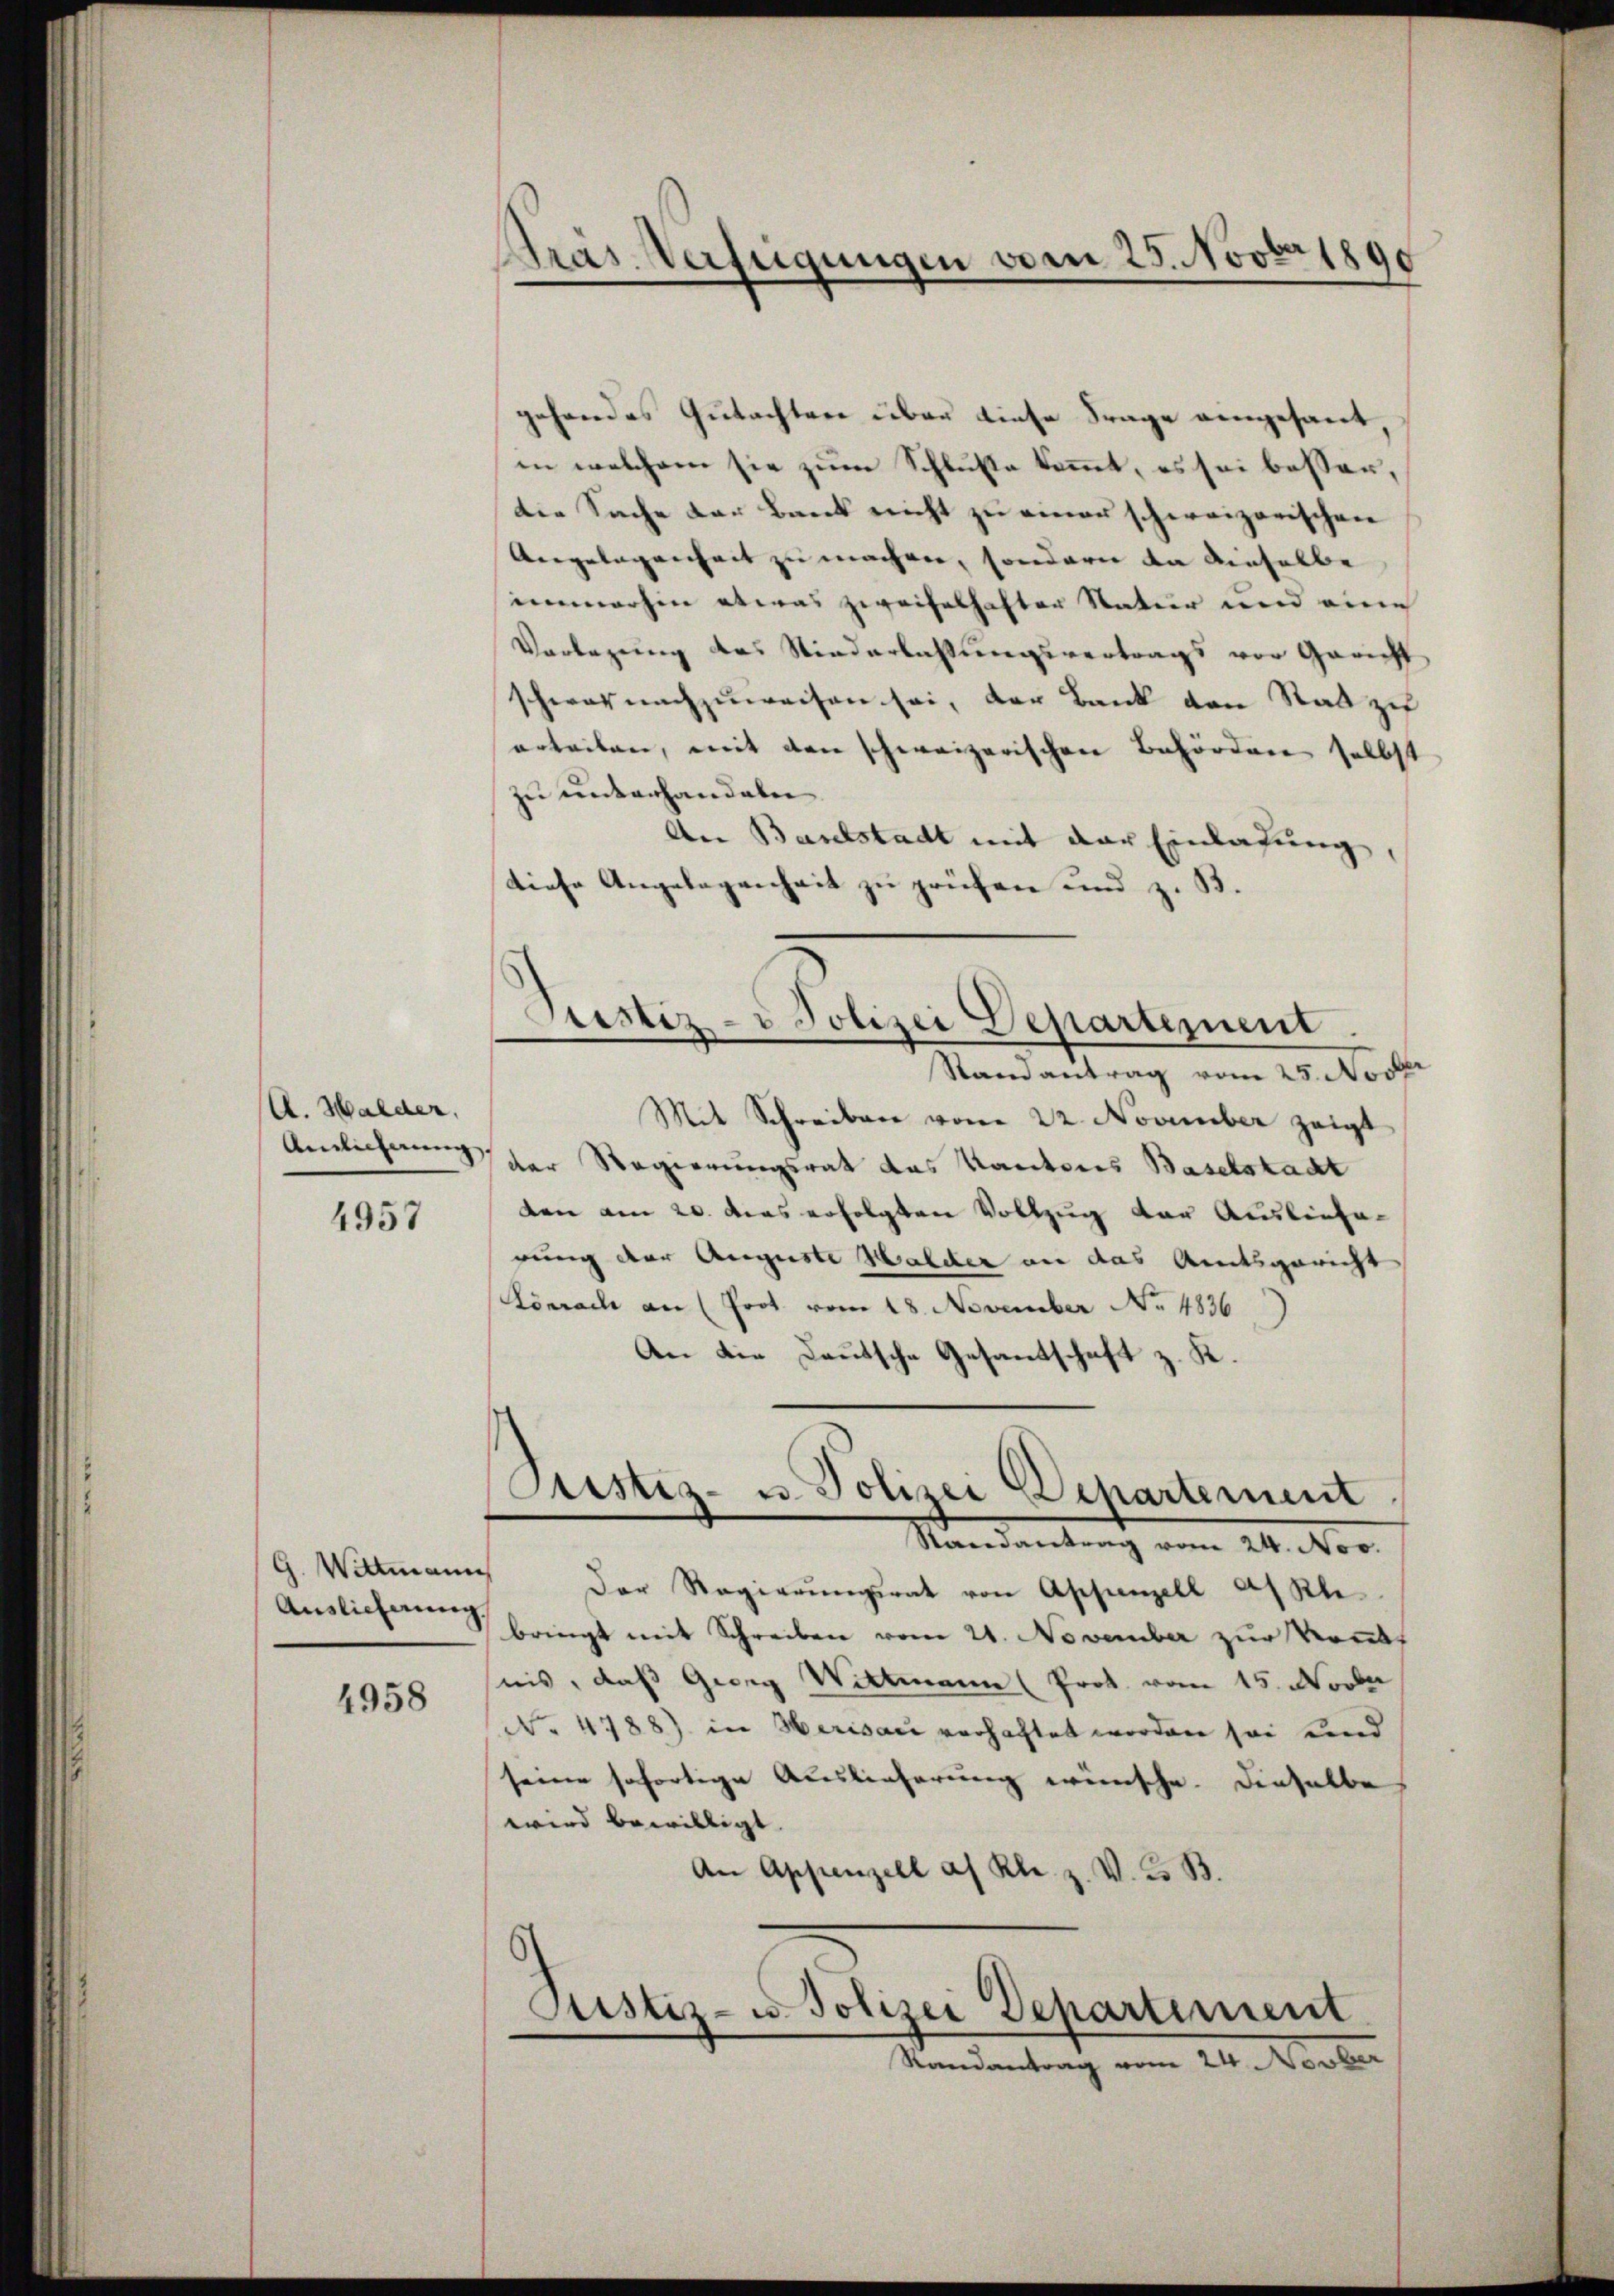
A. Walder,
Amlicherung

4957

G. Wittmann
Auslieferung.

4958

Präs. Verfügungen vom 25. Novbr 1890

Justiz- & Polizei Departement

gehendes Gutachtere über diese Frage angesant
in welchem sie zum Schluße kommt, es sei besser,
die Sache der Bank nicht zu einer schweizerischen
Angelegenheit zu machen, sondern da dieselbe
immerhin etwas zweifelhafter Natur und eine
Vorlegung des Niederlassungsvertrags vor Gericht
schwer nachzuweisen sei, der Bank von Rad zu
orteilen, mit den schweizerischen Behörden selbst
zu unterhandeln
An Baselstadt mit der Einladung,
diese Angelegenheit zu prüfen und z. B.
Randantrag vom 25. Nov
Mit Schreiben vom 22. November zeigt
der Regierungsrat das Kantones Baselstadt
den am 20. das erfolgten Vollzug der Ausliefe
rung der Auguste Walder an das Amtsgericht
Lörrach an (Prot vom 18. November No. 4836
An die Deutsche Gesandtschaft z. K.
Justiz- u. Polizei Departement
Randantrag vom 24. Nov.
Der Regierŭngsrat von Appenzell als Kle
bringt mit Schreiben vom 21. November zur Kont
nis, daß Georg Wittmann (Prok. vom 15. Novber
No 4788) in Herisau verhaftet worden sei und
seine sofortige Auslieferung wünsche. Dieselbe
wird bewilligt. |
An Appenzell af Kl. z. V. u. B.

Justiz- u. Polizei Departement
Randantrag vom 24. Novber